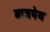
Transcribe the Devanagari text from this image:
बाजपेय